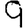
Digit: 9